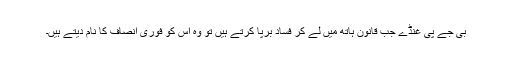
بی جے پی غنڈے جب قانون ہاتھ میں لے کر فساد برپا کرتے ہیں تو وہ اس کو فوری انصاف کا نام دیتے ہیں۔